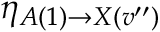
\ensuremath { \eta } _ { A ( 1 ) \rightarrow X ( v ^ { \prime \prime } ) }